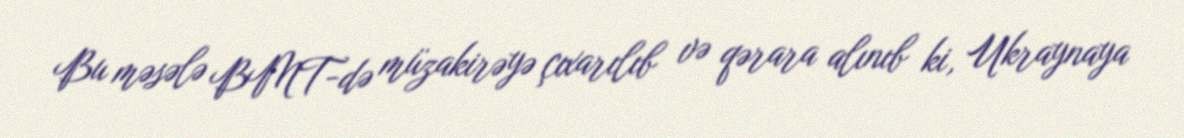
Bu məsələ BMT-də müzakirəyə çıxarılıb və qərara alınıb ki, Ukraynaya